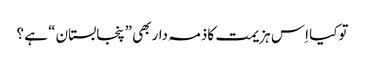
توکیا اِس ہزیمت کاذمہ داربھی ”پنجابستان“ ہے ؟